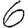
Digit: 6